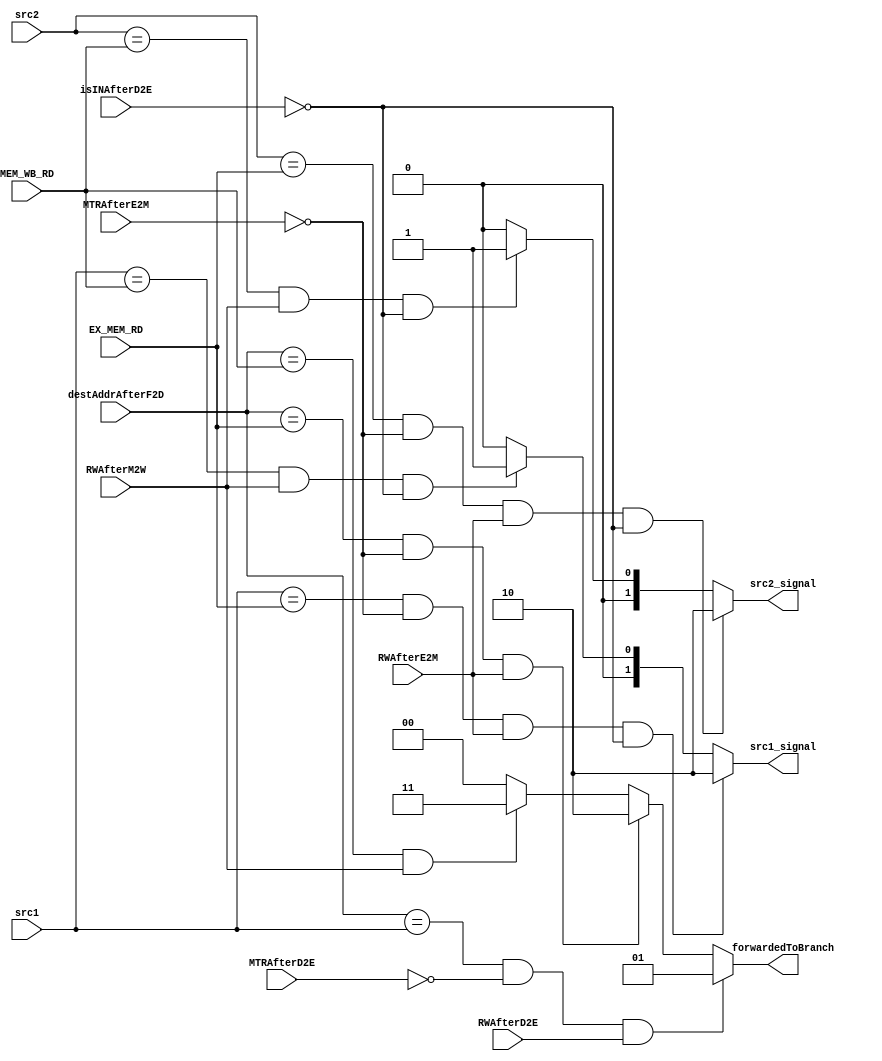
module ForwardingUnit(src1,src2,EX_MEM_RD,MEM_WB_RD,MTRAfterE2M,RWAfterE2M,RWAfterM2W,RWAfterD2E,MTRAfterD2E,destAddrAfterF2D,isINAfterD2E,src1_signal,src2_signal,forwardedToBranch);

input [2:0] src1;           /*the address of the first src of the ALU                                                                                       */
input [2:0] src2;           /*the address of the second src of the ALU                                                                                      */
input [2:0] EX_MEM_RD;      /*the address of the destination register of EX_MEM phase // RegisterDestinationAfterE2M                                                                      */
input [2:0] MEM_WB_RD;      /*the address of the destination of the register of MEM_WB phase // RegDestinationAfterM2W                                                               */
input RWAfterD2E, MTRAfterD2E, isINAfterD2E;
input [2:0] destAddrAfterF2D;
input MTRAfterE2M;        /*the signal that determines if the register value will be read from memory /* MRAfterE2M   */
input RWAfterE2M;            /*the signal that determines if the register value will be written /* RWAfterE2M                                                     */
input RWAfterM2W;            /*the signal that determines if the value coming from memory will written back to register file or the one that coming from ALU  /* RWAfterM2W */

output [1:0] src1_signal, src2_signal, forwardedToBranch; /*the selecting signals that determine the sources of ALU & pc for jump*/

assign src1_signal = (src1==EX_MEM_RD && !MTRAfterE2M && RWAfterE2M && !isINAfterD2E)? 2'd2: // take aluOutAfterE2M
                     (src1==MEM_WB_RD && RWAfterM2W && !isINAfterD2E)? 2'd1: // memDataAfterM2W
                     2'd0;
assign src2_signal = (src2==EX_MEM_RD && !MTRAfterE2M && RWAfterE2M && !isINAfterD2E)? 2'd2: // take aluOutAfterE2M
                     (src2==MEM_WB_RD && RWAfterM2W && !isINAfterD2E)? 2'd1: // memDataAfterM2W
                     2'd0;
assign forwardedToBranch = (destAddrAfterF2D==src1 && !MTRAfterD2E && RWAfterD2E)? 2'b01: // take aluOut
                     (destAddrAfterF2D==EX_MEM_RD && !MTRAfterE2M && RWAfterE2M)? 2'b10: // take aluOutAfterE2M
                     (destAddrAfterF2D==MEM_WB_RD && RWAfterM2W)? 2'b11: // memDataAfterM2W
                     2'd0;

endmodule